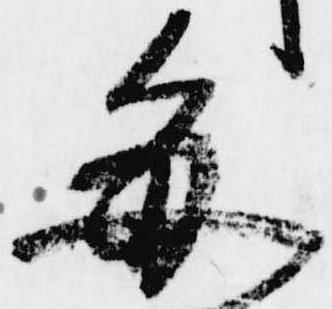
毎